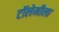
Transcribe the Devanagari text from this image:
टॉलेमीला